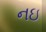
નઇ